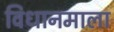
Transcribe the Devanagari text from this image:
विधानमाला